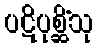
ပဋိပုစ္ဆိံသု